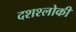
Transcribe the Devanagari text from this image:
दशश्लोकी